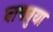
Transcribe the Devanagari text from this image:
वाचवुया